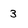
Character: 3